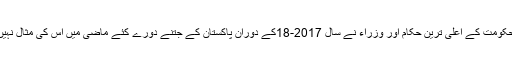
افغان حکومت کے اعلیٰ ترین حکام اور وزراء نے سال 2017-18کے دوران پاکستان کے جتنے دورے کئے ماضی میں اس کی مثال نہیں ملتی۔